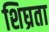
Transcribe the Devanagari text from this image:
शिघ्रता